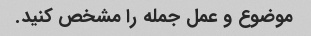
موضوع و عمل جمله را مشخص کنید.